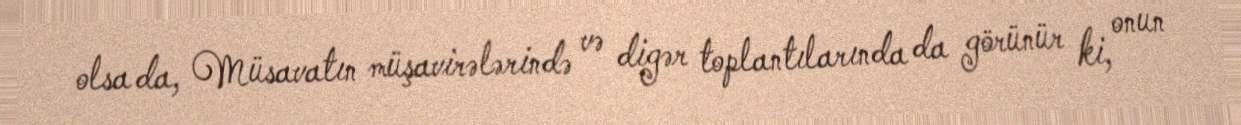
olsa da, Müsavatın müşavirələrində və digər toplantılarında da görünür ki, onun